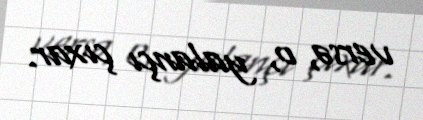
versə, o, yalançı çıxar.